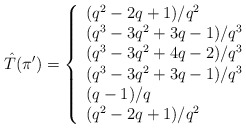
\begin{align*}\hat{T}(\pi') = \left\{\begin{array}{l l}(q^2-2q+1)/q^2 & \\(q^3-3q^2+3q-1)/q^3 & \\(q^3-3q^2+4q-2)/q^3 & \\(q^3-3q^2+3q-1)/q^3 & \\(q-1)/q & \\(q^2-2q+1)/q^2 & \end{array} \right. \end{align*}